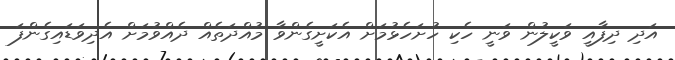
އަދި ދިފާއީ ވަކީލުން ވަނީ ހެކި ހުށަހެޅުމަށް އެކަށީގެންވާ މުއްދަތެއް ދެއްވުމަށް އެދިވަޑައިގެންފަ